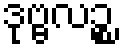
ဒုဗ္ဗလဉ္စ